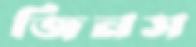
জিনস